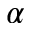
\alpha